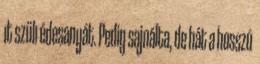
ıt szülı édesanyát. Pedig sajnálta, de hát a hosszú